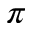
\pi